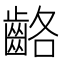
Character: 𪘊